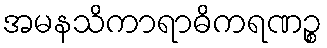
အမနသိကာရာဓိကရဏဉ္စ